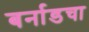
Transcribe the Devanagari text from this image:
बर्नाडचा